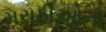
મરાઠીઓનો